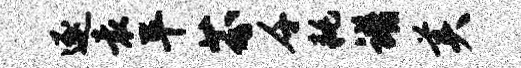
逐袁平芬千耗谱美